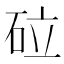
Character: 砬